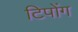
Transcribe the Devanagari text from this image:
टिपोंग